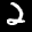
Label: 2